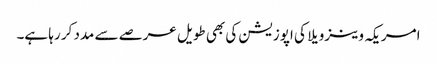
امریکہ وینزویلا کی اپوزیشن کی بھی طویل عرصے سے مدد کر رہا ہے۔